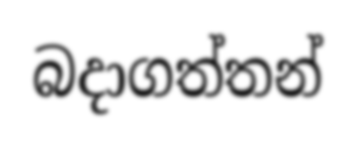
බදාගත්තන්